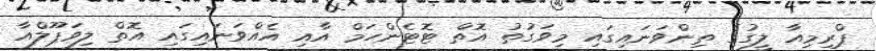
ޕްރިމިއާ ލީގުގެ ތިންވަނައިގައި މިވަގުތު އޮތް ޓޮޓެންހަމް އާއި އެއްވަނައިގައި އޮތް ލިވަޕޫލްއާ